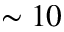
\sim 1 0